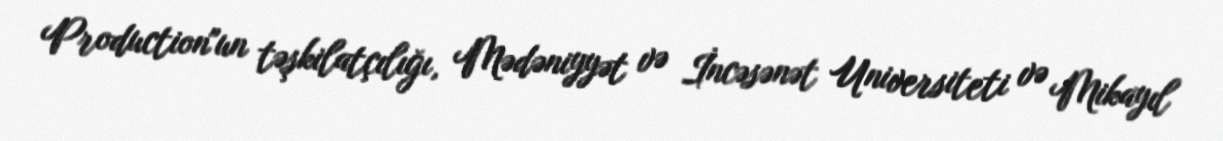
Production"un təşkilatçılığı, Mədəniyyət və İncəsənət Universiteti və Mikayıl